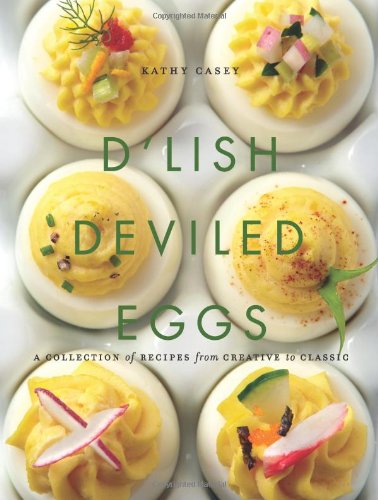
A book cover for D'Lish Deviled Eggs: A Collection of Recipes from Creative to Classic; Kathy Casey; Cookbooks, Food & Wine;